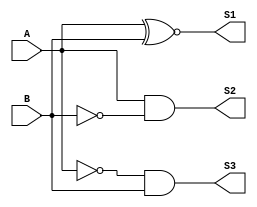
/*	Sistema Digitais para Computao
*	Projeto 2 - comparador maior-menor-igual
*
*	Alunos:
*	- Augusto Soares
*	- Jamil Souza
*	CEFETMG - 2022
*/

module proj_2_comparador(A,B,S1,S2,S3);

input A,B;
output S1,S2,S3;

assign S1 =  A ~^  B;
assign S2 =  A  & !B;
assign S3 = !A  &  B;

endmodule